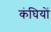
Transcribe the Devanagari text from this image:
कंघियों